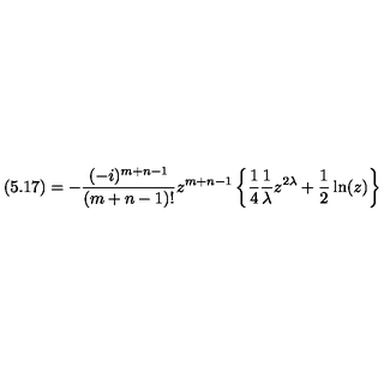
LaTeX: ( 5 . 1 7 ) = - \frac { ( - i ) ^ { m + n - 1 } } { ( m + n - 1 ) ! } z ^ { m + n - 1 } \left\{ \frac { 1 } { 4 } \frac { 1 } { \lambda } z ^ { 2 \lambda } + \frac { 1 } { 2 } \ln ( z ) \right\}